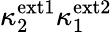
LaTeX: \kappa_{2}^{\mathrm{ext1}}\kappa_{1}^{\mathrm{ext2}}